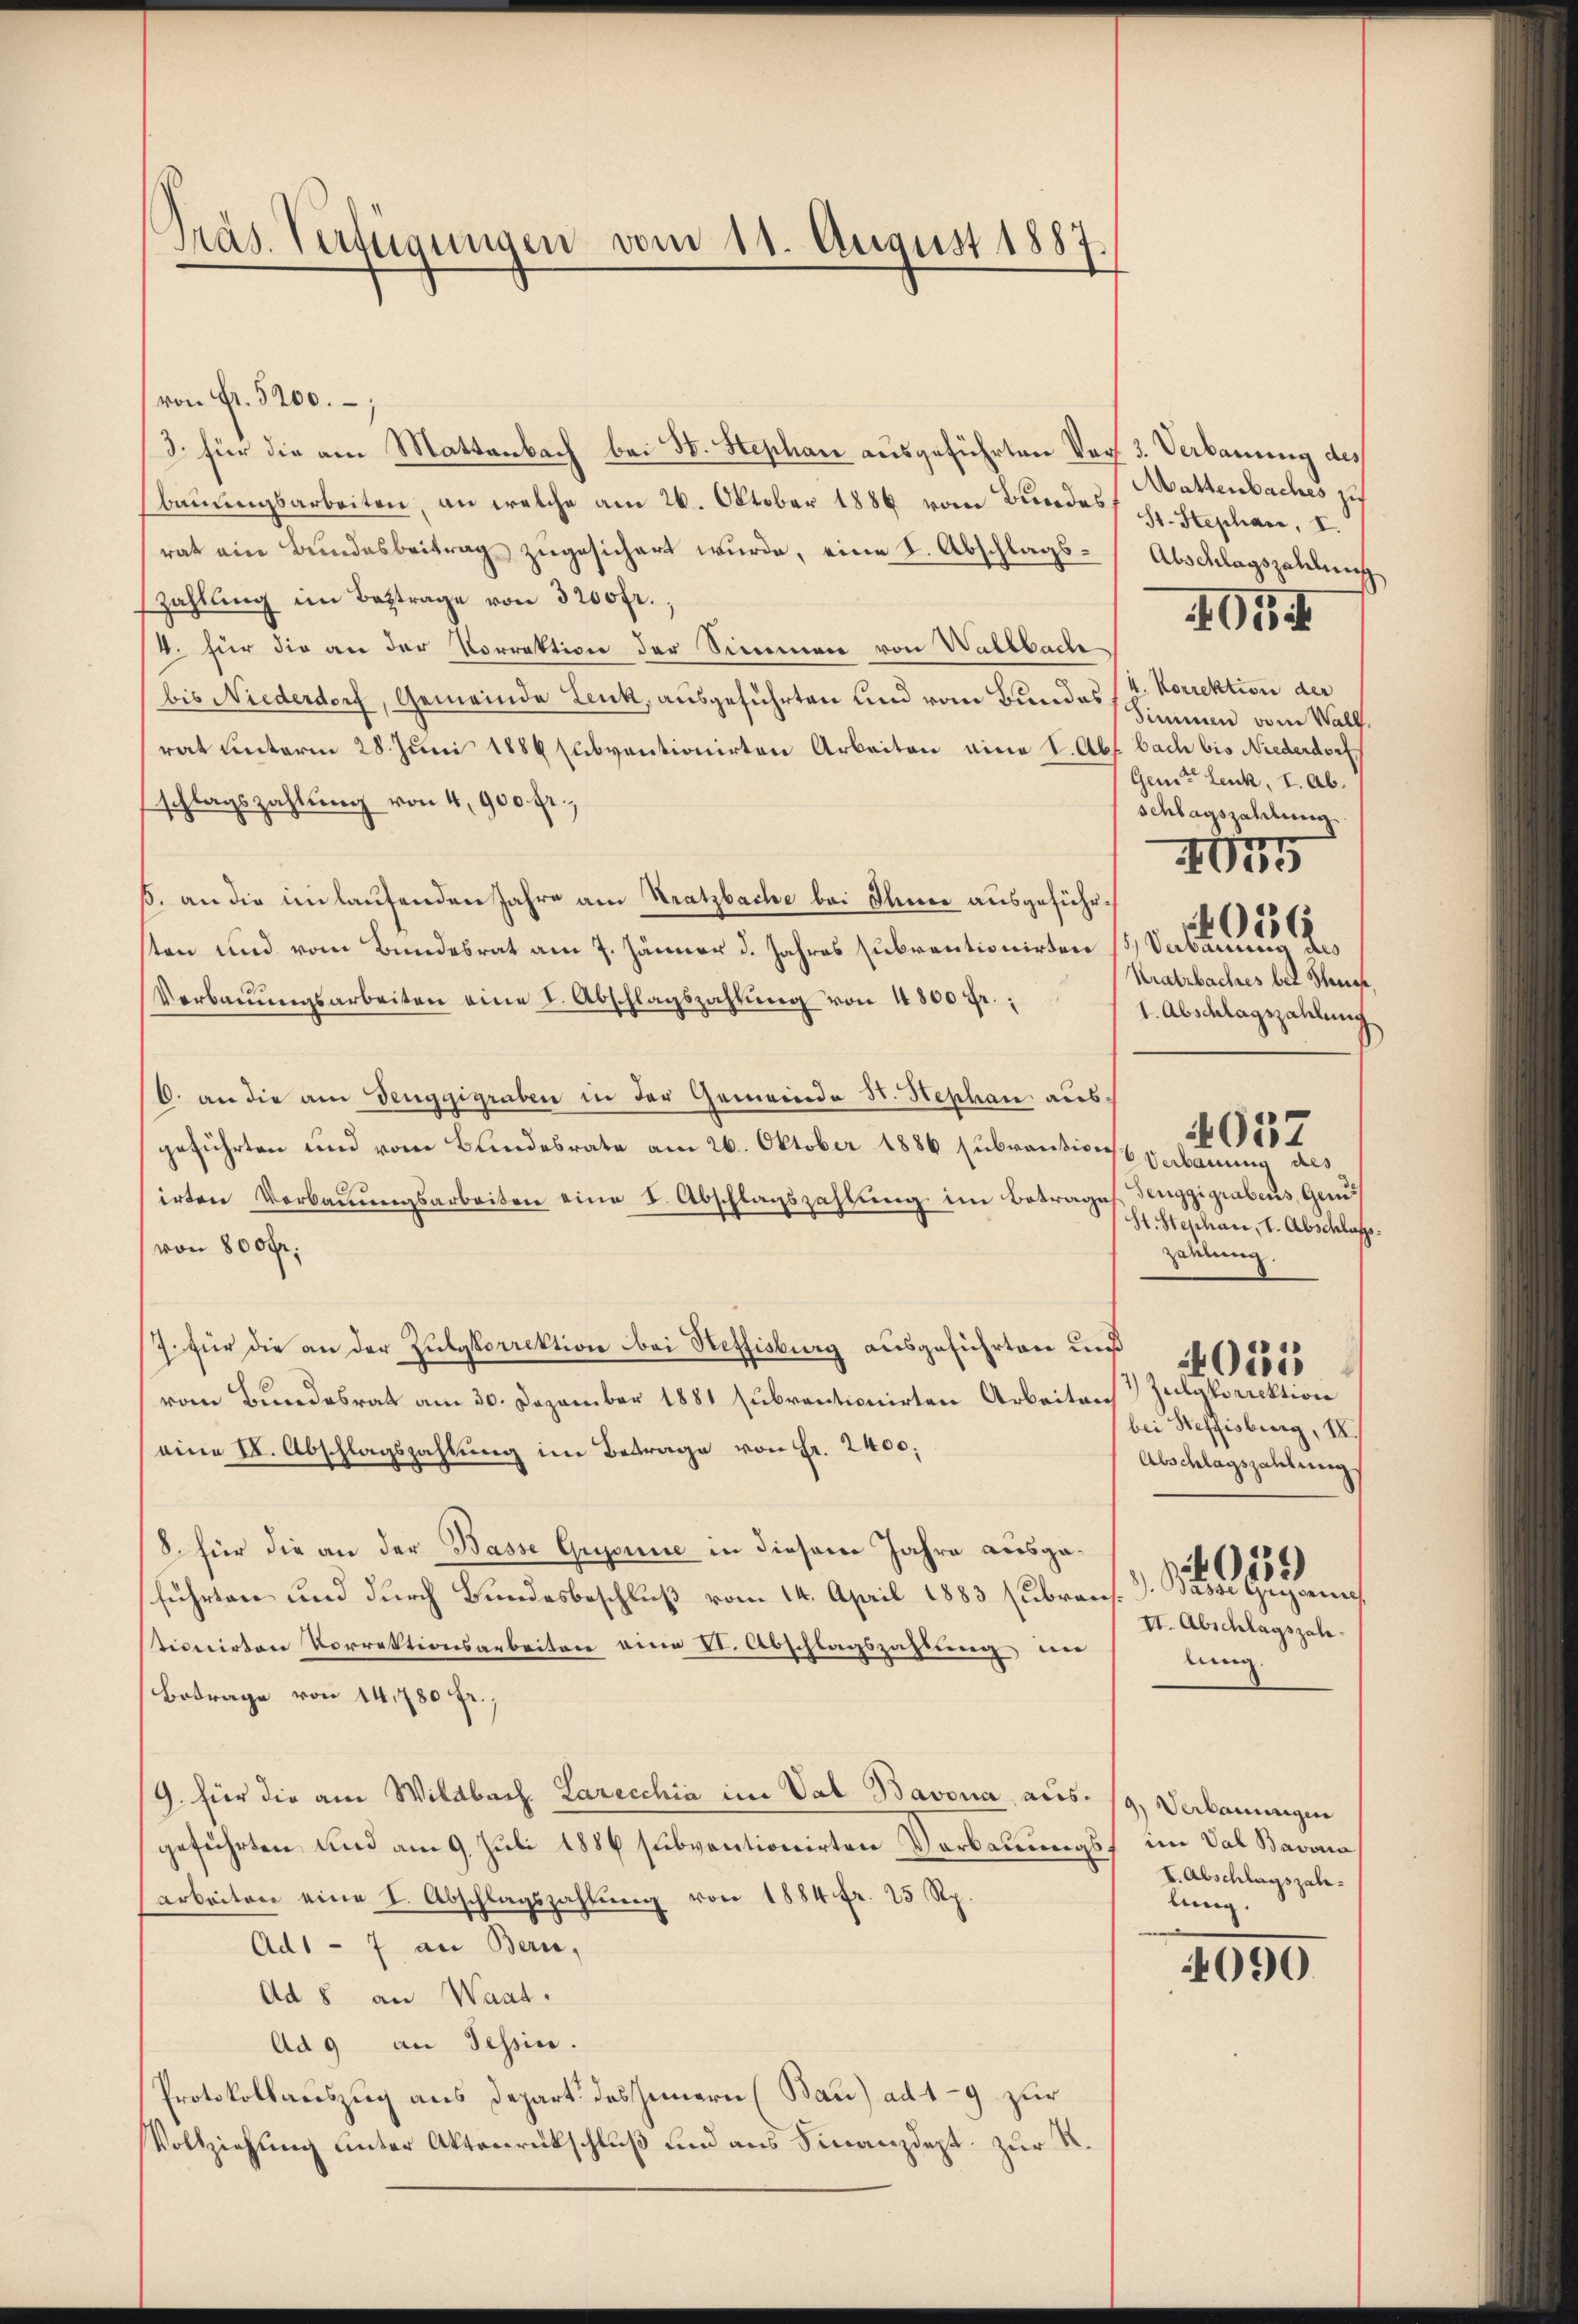
Präs. Verfügungen vom 11. August 1887.

von Fr. 5200.
3. für die am Mattenbach bei S. Stephan ausgeführten Verbaŭŭngsarbeiten, an welche am 26. Oktober 1886 vom Bundes:
rat ein Bundesbeitrag zugesichert wurde, eine S. Abschlagszahlung im Beytrage von 3200 fr.,
4. für die an der Vorrektion der Simmen von Waltbach
bis Niederdorf, Gemeinde Lenk, ausgeführten und vom Bundes,
rat unterm 28. Juni 1884 subventionirten Arbeiten eine I. Ab
schlagszahlung von 4,900 fr.,
ß. an die in laufenden Jahre am Kratzbache bei Ihme ausgeführsten und vom Bundesrat am 7. Jänner d. Jahres subventionirten
Verbaŭŭngsarbeiten eine I. Abschlagszahlŭng von 4800 fr.;
6. an die am Teiggigraben in der Gemeinde St. Hephan ausgeführten und vom Bundesrate am 26. Oktober 1886 subrantion
irten Verbauungsarbeiten eine I. Abschlagszahlung im Betrages
von 800 fr.
/7. für die an der Zulgkorrektion bei Steffisburg ausgeführten uns
vom Bundesrat am 30. Dezember 1881 subventionirten Arbeiten
eine I. Abschlagszahlung im Betrage von Fr. 2400;
8. für die an der Basse Grysine in diesem Jahre ausgaführten und durch Bundesbeschluß vom 14. April 1883 subransstionirten Vorrektionsarbeiten eine VI. Abschlagszahlung, in
Betrage von 14,780 fr.,
/G. für die am Wildbach. Larecchia im Val Bavona, aus. 19, Verbauungen
geführten, und am 9. Juli 1886 subventionirten Verbauungsf
arbeiten eine I. Abschlagszahlŭng von 1884 fr. 25 Rp.
Ad1 - 7 an Bern,
Ad 8 an Waat.
Ad 9 an Tessin.
Protokollauszug aus Depart des Innern (Bau) ad 49 zur
Vollziehung unter Aktenrückschluß und aus Finanzdept. zur R.

3. Verbauung des
Mattenbaches zu
St. Stephan, I.
Abschlagszahlung
1914

4. Korrektion der
Simmen vom Wall.
bach bis Niederdorf
Gent Lenk, I. Ab.
schlagszahlung.
, Savarius des
Kratzbaches bei Steue
1. Abschlagszahlung
4037
Verbauung des
Senggigrabens, Gem
St. Stephan, 1. Abschlafs.
zahlung.

405

4036

1) Zulgkorrektion
bei Steffisburg, IV.
Abschlagszahlung.

4025

) Basse Gewere
II. Abschlagszahlung

.
015.)

in Val Bavora
I. Abschlagszahlung.

4090